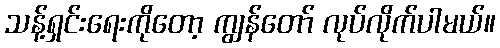
သန့်ရှင်းရေးကိုတော့ ကျွန်တော် လုပ်လိုက်ပါမယ်။